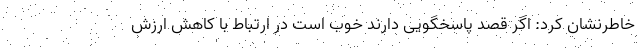
خاطرنشان کرد: اگر قصد پاسخگویی دارند خوب است در ارتباط با کاهش ارزش